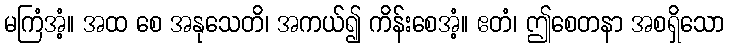
မကြံအံ့။ အထ စေ အနုသေတိ၊ အကယ်၍ ကိန်းစေအံ့။ ဧတံ၊ ဤစေတနာ အစရှိသော